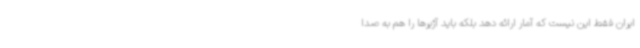
ایران فقط این نیست که آمار ارائه دهد بلکه باید آژیرها را هم به صدا